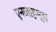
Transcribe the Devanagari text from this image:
एनज़ाइम्स